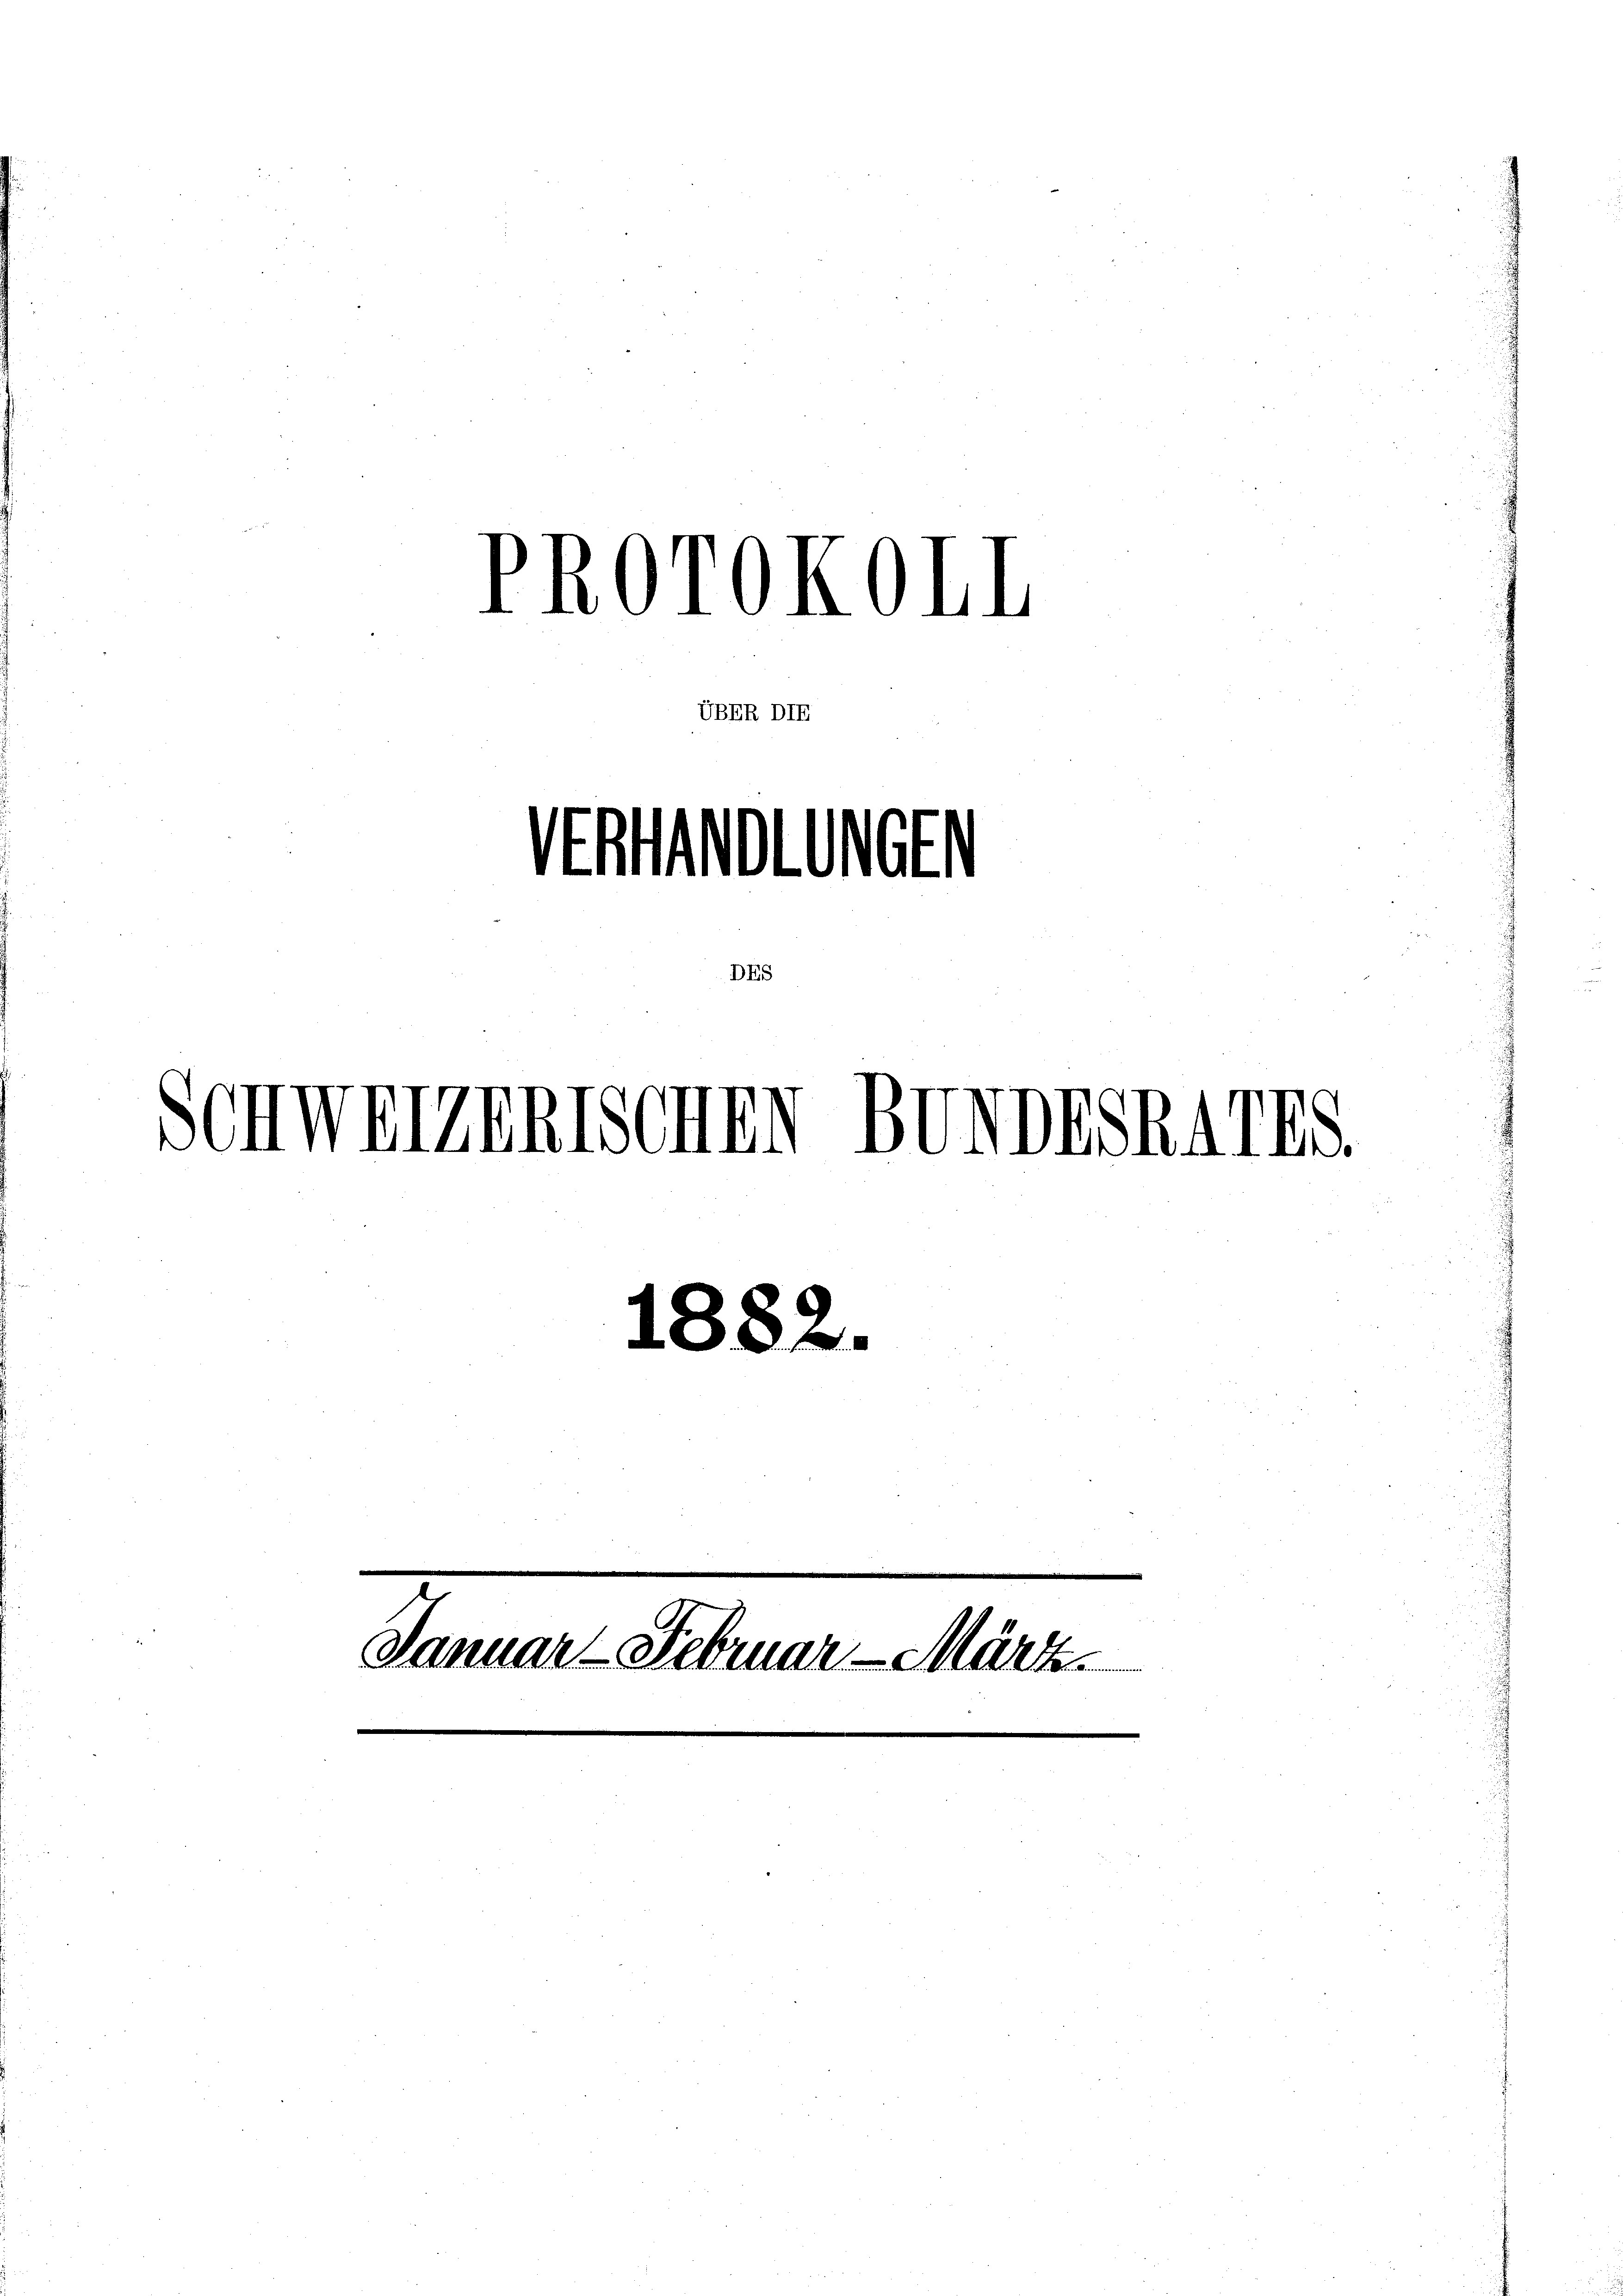
Protokoll
Antwort
DE.
Schweizentschen BevorSR41

UBER DIE

1882.
Januar - Februar März.
e
 K. K.

15.